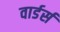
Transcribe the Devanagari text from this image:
वार्डर्स